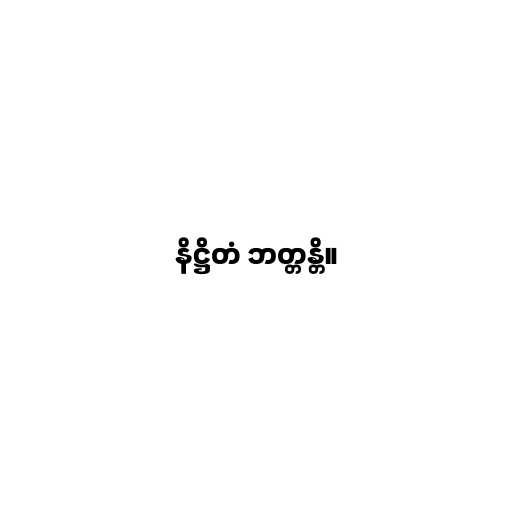
နိဋ္ဌိတံ ဘတ္တန္တိ။